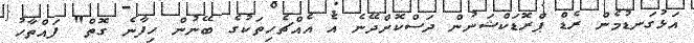
އަޅުގަނޑުމެން ރެޑް ޕްރޮޑަކްޝަނުން ދަސްކޮށްދޭނެ އެ އެއްޗެހިތަކުގެ ބޭނުން ހިފާނެ ގޮތް" ފައްތާހު